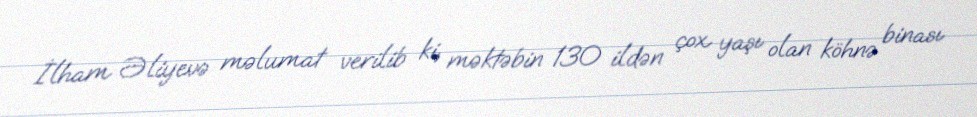
İlham Əliyevə məlumat verilib ki, məktəbin 130 ildən çox yaşı olan köhnə binası